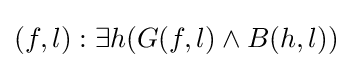
{(f,l):\exists h(G(f,l)\land B(h,l))}